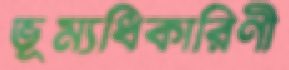
ভূম্যধিকারিণী